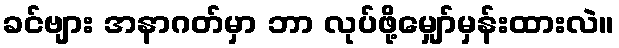
ခင်ဗျား အနာဂတ်မှာ ဘာ လုပ်ဖို့မျှော်မှန်းထားလဲ။